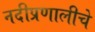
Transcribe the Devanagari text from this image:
नदीप्रणालीचे